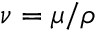
\nu = \mu / \rho